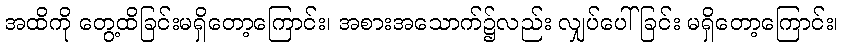
အထိကို တွေ့ထိခြင်းမရှိတော့ကြောင်း၊ အစားအသောက်၌လည်း လျှပ်ပေါ်ခြင်း မရှိတော့ကြောင်း၊